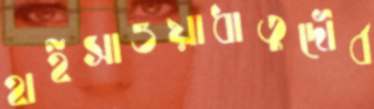
হাইসাওয়াধাতুদৌর্ব